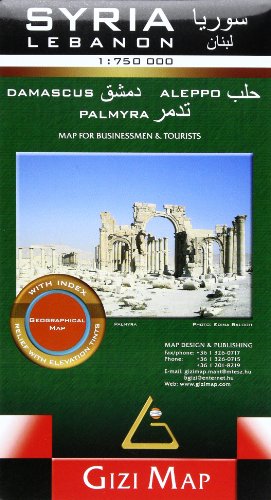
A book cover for Syria & Lebanon Geographic Map: GIZI.805G; Gizi; Travel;